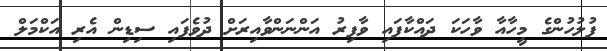
ފުލުހުންގެ މީހާއާ ވާހަކަ ދައްކާފައި ވާފިރު އަންނަންވާއިރަށް ދުވެފައި ސިޑިން އެރި އަކްމަލް